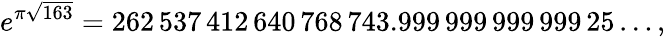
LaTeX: e^{\pi{\sqrt{163}}}=262\, 537\, 412\, 640\, 768\, 743.999\, 999\, 999\, 999\, 25\ldots,